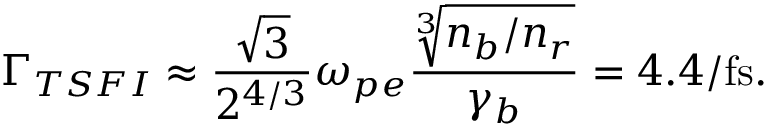
\Gamma _ { T S F I } \approx \frac { \sqrt { 3 } } { 2 ^ { 4 / 3 } } \omega _ { p e } \frac { \sqrt [ 3 ] { n _ { b } / n _ { r } } } { \gamma _ { b } } = 4 . 4 / \mathrm { f s } .